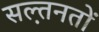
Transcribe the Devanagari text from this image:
सल़्तनतों